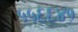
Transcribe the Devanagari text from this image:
५५६६४१